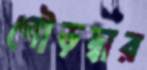
গৌড়দ্বার